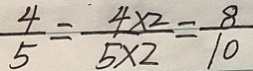
\frac { 4 } { 5 } = \frac { 4 \times 2 } { 5 \times 2 } = \frac { 8 } { 1 0 }